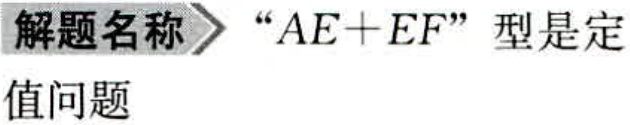
解题名称$\rhd$“$AE + EF$”型是定值问题